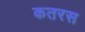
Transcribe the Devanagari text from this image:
कतरस